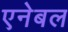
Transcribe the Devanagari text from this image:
एनेबल